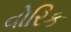
વોરિક